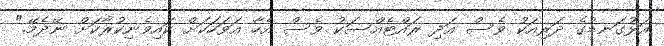
އަޅުގަނޑުގެ ދަރިއަކު ވެސް އަދި ރައްޓެއްސަކު ވެސް އެހާ އަވަހަކަށް ކައިވެނިކުރާކަށް ނޭދެމޭ."